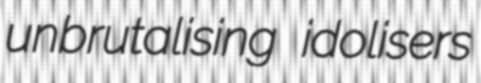
unbrutalising idolisers